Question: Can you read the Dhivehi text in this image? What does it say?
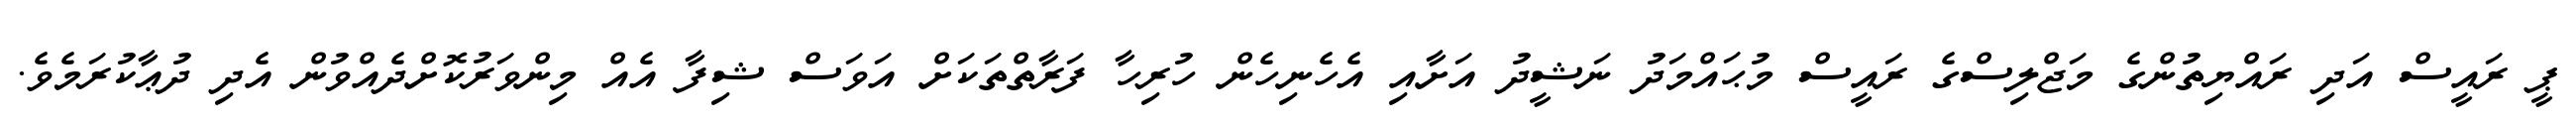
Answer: ޕީ ރައީސް އަދި ރައްޔިތުންގެ މަޖްލިސްގެ ރައީސް މުޙައްމަދު ނަޝީދު އަށާއި އެހެނިހެން ހުރިހާ ފަރާތްތަކަށް އަވަސް ޝިފާ އެއް މިންވަރުކޮށްދެއްވުން އެދި ދުޢާކުރަމެވެ.